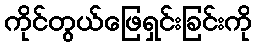
ကိုင်တွယ်ဖြေရှင်းခြင်းကို